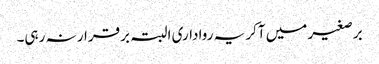
برصغیر میں آکر یہ رواداری البتہ برقرار نہ رہی۔